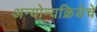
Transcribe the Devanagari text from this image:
अन्योन्यक्रियेचे